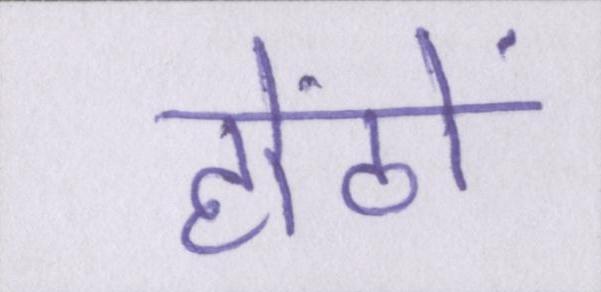
होंठों